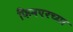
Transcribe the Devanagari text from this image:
फिनएरच्या